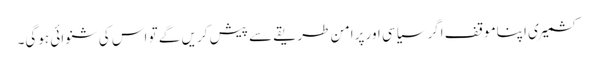
کشمیری اپناموقف اگرسیاسی اور پرامن طریقے سے پیش کریں گے تو اس کی شنوائی ہوگی۔